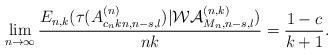
LaTeX: \begin{align*}\lim_{n\to\infty}\frac{E_{n,k}(\tau(A^{(n)}_{c_nkn,n-s,l})|\mathcal{WA}^{(n,k)}_{M_n,n-s,l})}{nk}=\frac{1-c}{k+1}.\end{align*}